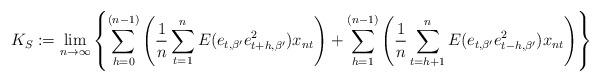
LaTeX: \begin{align*}K_{S}: = \underset{n\to\infty}\lim \left\{ \sum_{h=0}^{(n-1)}\left(\frac{1}{n}\sum_{t=1}^{n}E (e_{t,\beta'} e_{t+h,\beta'}^{2}) x_{nt}\right) + \sum_{h=1}^{(n-1)}\left(\frac{1}{n} \sum_{t=h+1}^{n}E (e_{t,\beta'} e_{t-h,\beta'}^{2}) x_{nt}\right)\right\}\end{align*}